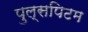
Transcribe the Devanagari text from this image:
पुल्सपिटम